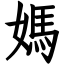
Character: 媽